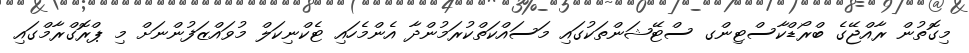
މިގޮތުން ރާއްޖޭގެ ބްރޯޑްކާސްޓިންގ ސްޓޭޝަންތަކުގައި މަސައްކަތްކުރަމުންދާ އެންމެހައި ޓެކްނިކަލް މުވައްޒަފުންނަށް މި ޕްރޮގްރާމްގައި